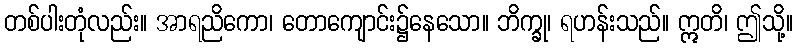
တစ်ပါးတုံလည်း။ အာရညိကော၊ တောကျောင်း၌နေသော။ ဘိက္ခု၊ ရဟန်းသည်။ ဣတိ၊ ဤသို့။